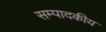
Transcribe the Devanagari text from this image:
सम्‍पादकीय